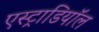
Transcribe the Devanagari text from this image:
एस्ट्राडियॉल